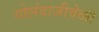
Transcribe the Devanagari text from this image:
गोलंदाजीवेळी